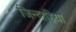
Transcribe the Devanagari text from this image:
जिन्द्राहिया